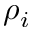
\rho _ { i }